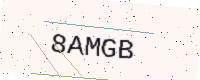
Text: 8AMGB